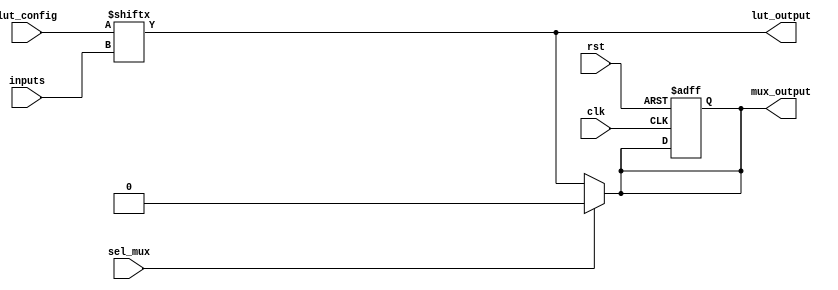
module ConfigurableLogicBlock (
    input wire [3:0] inputs,            // 4 input ports for LUT
    input wire [15:0] lut_config,       // LUT configuration (16 possible combinations for 4 inputs)
    input wire sel_mux,                 // Multiplexer select signal
    input wire clk,                     // Clock for flip-flop
    input wire rst,                     // Reset signal
    output wire lut_output,             // Output from LUT
    output wire mux_output              // Output from multiplexer
);

    // LUT implementation
    reg lut_output_reg;

    always @(*) begin
        lut_output_reg = lut_config[inputs]; // Select output based on LUT configuration
    end

    assign lut_output = lut_output_reg;

    // Multiplexer implementation
    wire mux_input_0; // Input from LUT
    wire mux_input_1; // Optional second input (could be another LUT or external input)

    assign mux_input_0 = lut_output; // Connect LUT output to mux input 0
    assign mux_input_1 = 1'b0; // Connect a constant or another signal to mux input 1

    assign mux_output = sel_mux ? mux_input_1 : mux_input_0; // MUX selection

    // Optional Flip-Flop
    reg ff_output;

    always @(posedge clk or posedge rst) begin
        if (rst) begin
            ff_output <= 1'b0; // Reset flip-flop
        end else begin
            ff_output <= mux_output; // Store the output of the multiplexer
        end
    end

    // Final output can be either from the flip-flop or directly from the multiplexer
    assign mux_output = ff_output; // If flip-flop is used, connect its output to the final output

endmodule